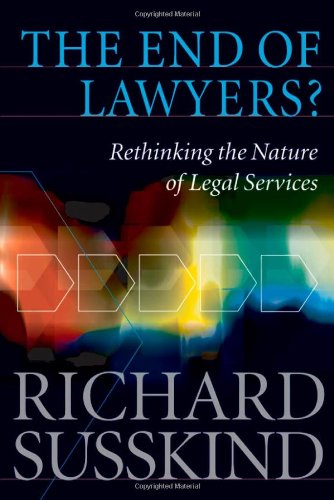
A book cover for The End of Lawyers?: Rethinking the Nature of Legal Services; Richard Susskind; Law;